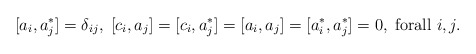
\begin{align*}[a_{i},a_{j}^{\ast}]=\delta_{ij},\;[c_{i},a_{j}]=[c_{i},a_{j}^{\ast}]=[a_{i},a_{j}]=[a_{i}^{\ast},a_{j}^{\ast}]=0,\;\mbox{forall }i,j.\end{align*}